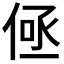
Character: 𬾤